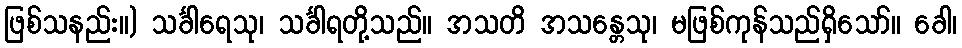
ဖြစ်သနည်း။) သင်္ခါရေသု၊ သင်္ခါရတို့သည်။ အသတိ အသန္တေသု၊ မဖြစ်ကုန်သည်ရှိသော်။ ခေါ၊